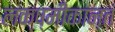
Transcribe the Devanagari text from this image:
लक्ष्मीकान्तं